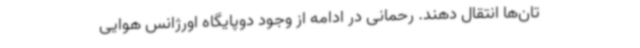
تان‌ها انتقال دهند. رحمانی در ادامه از وجود دوپایگاه اورژانس هوایی